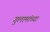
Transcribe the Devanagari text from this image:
गुलामांच्या